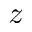
z